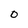
Character: 0